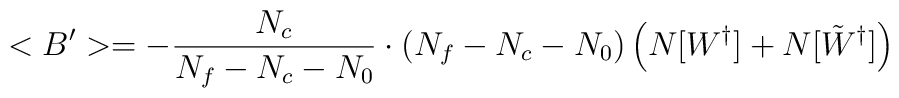
<B'> =  -\frac{N_c}{N_f - N_c - N_0} \cdot (N_f - N_c - N_0)         \left( N[W^{\dagger}] +  N[\tilde{W}^{\dagger}] \right)